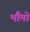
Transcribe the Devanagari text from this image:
भौमो